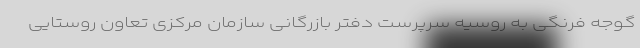
گوجه فرنگی به روسیه سرپرست دفتر بازرگانی سازمان مرکزی تعاون روستایی